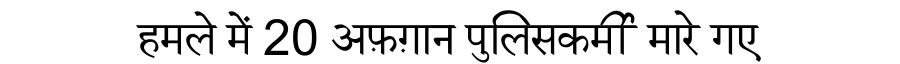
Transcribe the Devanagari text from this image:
हमले में 20 अफ़ग़ान पुलिसकर्मी मारे गए